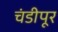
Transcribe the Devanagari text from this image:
चंडीपूर